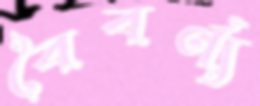
বৈবর্ণ্য